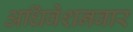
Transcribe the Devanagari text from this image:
अधिवेशनवार